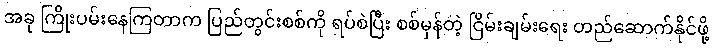
အခု ကြိုးပမ်းနေကြတာက ပြည်တွင်းစစ်ကို ရပ်စဲပြီး စစ်မှန်တဲ့ ငြိမ်းချမ်းရေး တည်ဆောက်နိုင်ဖို့